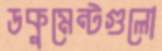
ডকুমেন্টগুলো